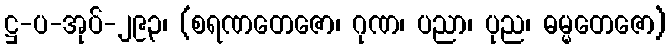
ဋ္ဌ-ပ-အုပ်-၂၉၃၊ (စရဏတေဇော၊ ဂုဏ၊ ပညာ၊ ပုည၊ ဓမ္မတေဇော)